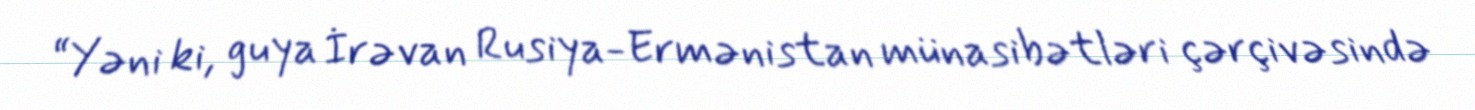
“Yəni ki, guya İrəvan Rusiya-Ermənistan münasibətləri çərçivəsində